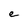
Character: e